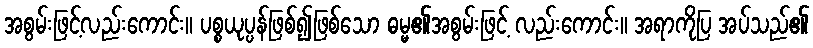
အစွမ်းဖြင့်လည်းကောင်း။ ပစ္စယုပ္ပန်ဖြစ်၍ဖြစ်သော ဓမ္မ၏အစွမ်းဖြင့် လည်းကောင်း။ အရာကိုပြ အပ်သည်၏